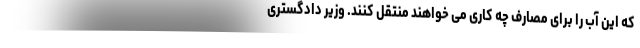
که این آب را برای مصارف چه کاری می خواهند منتقل کنند. وزیر دادگستری